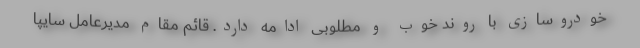
خودروسازی با روند خوب و مطلوبی ادامه دارد. قائم مقام مدیرعامل سایپا